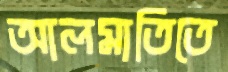
আলমাতিতে